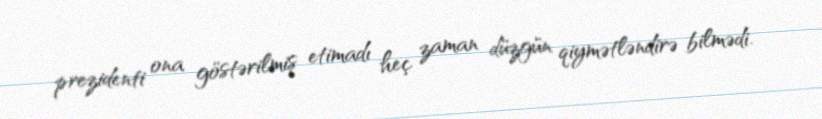
prezidenti ona göstərilmiş etimadı heç zaman düzgün qiymətləndirə bilmədi.